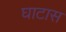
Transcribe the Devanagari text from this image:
घाटास